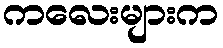
ကလေးများက